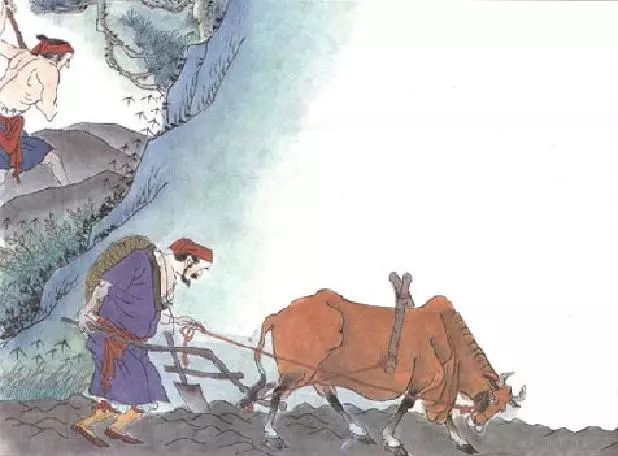
父耕原上田，子劚山下荒。